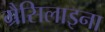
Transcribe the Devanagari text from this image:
ग्रैसिलाइना